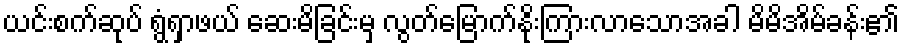
ယင်းစက်ဆုပ် ရွံရှာဖယ် ဆေးမိခြင်းမှ လွတ်မြောက်နိုးကြားလာသောအခါ မိမိအိမ်ခန်း၏